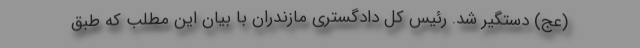
(عج) دستگیر شد. رئیس کل دادگستری مازندران با بیان این مطلب که طبق